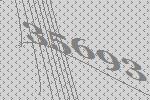
35693